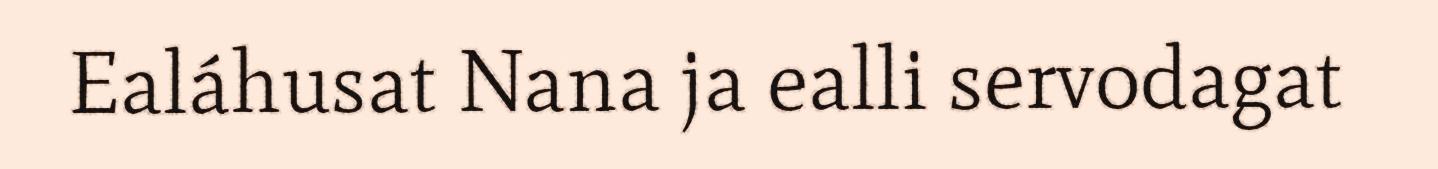
Ealáhusat Nana ja ealli servodagat